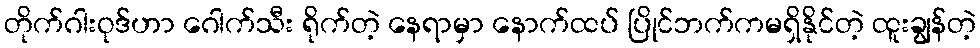
တိုက်ဂါးဝုဒ်ဟာ ဂေါက်သီး ရိုက်တဲ့ နေရာမှာ နောက်ထပ် ပြိုင်ဘက်ကမရှိနိုင်တဲ့ ထူးချွန်တဲ့